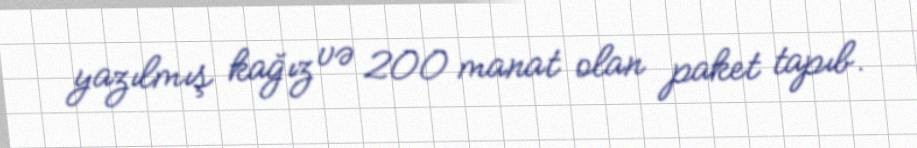
yazılmış kağız və 200 manat olan paket tapıb.